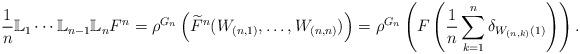
LaTeX: \begin{align*}\frac{1}{n}\mathbb L_1\cdots\mathbb L_{n-1}\mathbb L_nF^n &= \rho^{G_n}\left(\widetilde{F}^n(W_{(n,1)},\ldots,W_{(n,n)})\right) = \rho^{G_n}\left(F\left(\frac{1}{n}\sum_{k=1}^n\delta_{W_{(n,k)}(1)}\right)\right).\end{align*}